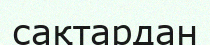
сақтардан